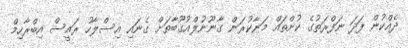
ދެއްކުން ފަދަ ނަފްރަތުގެ ކުށްތައް މަނާކުރަން ގާނޫނުލްއުގޫބާތަށް ގެނައި އިސްލާހު ރައީސް އިބްރާހިމް